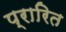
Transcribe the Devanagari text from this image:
प्रारित